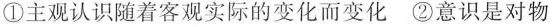
①主观认识随着客观实际的变化而变化②意识是对物